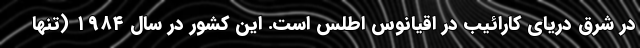
در شرق دریای کارائیب در اقیانوس اطلس است. این کشور در سال ۱۹۸۴ (تنها